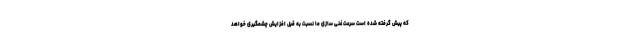
که پیش گرفته شده است سرعت غنی سازی ما نسبت به قبل افزایش چشمگیری خواهد